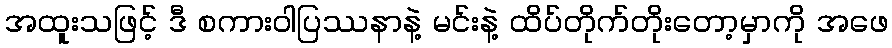
အထူးသဖြင့် ဒီ စကားဝါပြဿနာနဲ့ မင်းနဲ့ ထိပ်တိုက်တိုးတော့မှာကို အဖေ